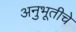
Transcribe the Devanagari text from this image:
अनुभूतीचे